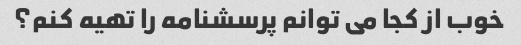
خوب از کجا می توانم پرسشنامه را تهیه کنم؟